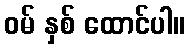
ဝမ် နှစ် ထောင်ပါ။